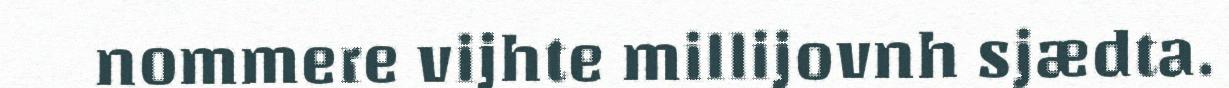
nommere vijhte millijovnh sjædta.